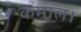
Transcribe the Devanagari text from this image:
कमाल।